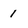
Character: 1